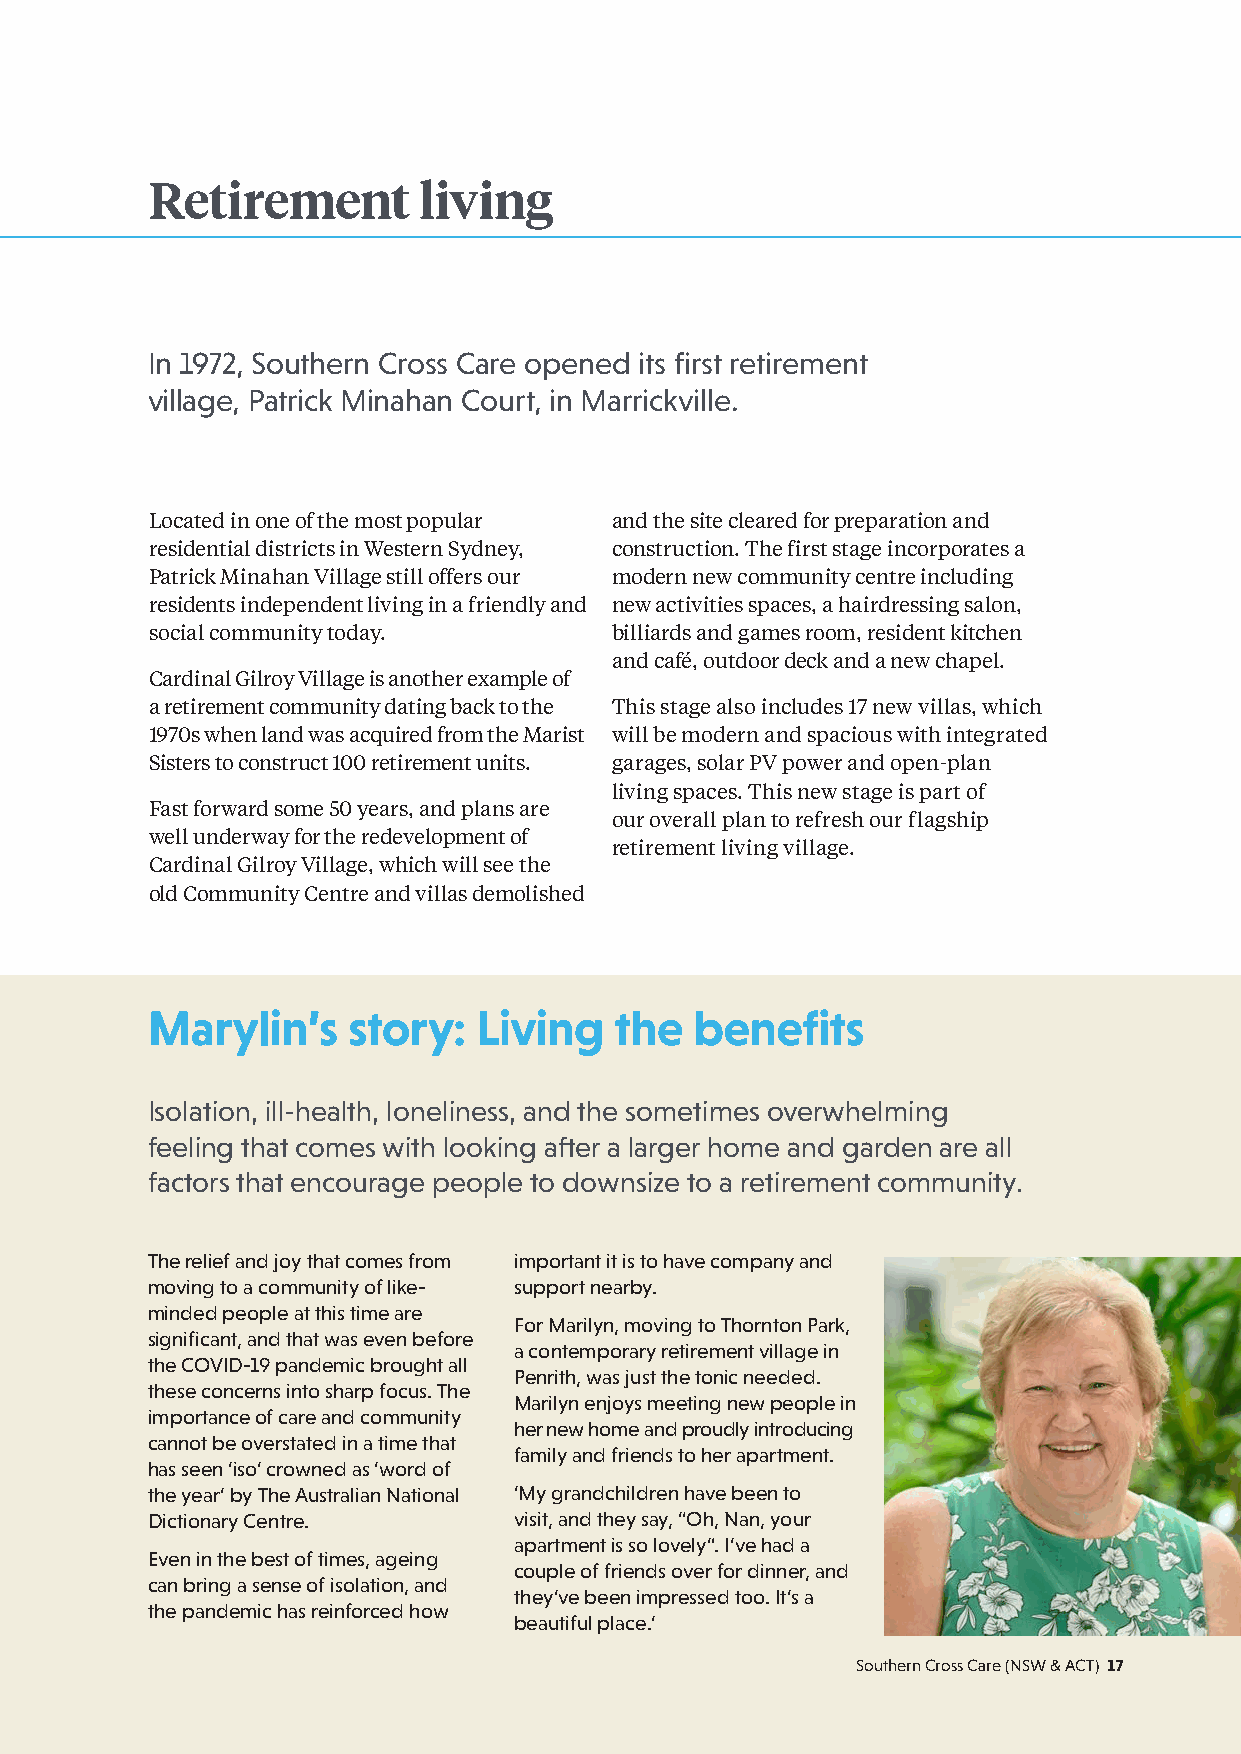
Retirement        living
 In 1972, Southern Cross Care opened its first retirement
 village, Patrick Minahan Court, in Marrickville.
 Located in one of the most popular and the site cleared for preparation and
 residential districts in Western Sydney, construction. The first stage incorporates a
 Patrick Minahan Village still offers our modern new community centre including
 residents independent living in a friendly and new activities spaces, a hairdressing salon,
 social community today.       billiards and games room, resident kitchen
 and café, outdoor deck and a new chapel.
 Cardinal Gilroy Village is another example of
 a retirement community dating back to the This stage also includes 17 new villas, which
 1970s when land was acquired from the Marist will be modern and spacious with integrated
 Sisters to construct 100 retirement units. garages, solar PV power and open-plan
 living spaces. This new stage is part of
 Fast forward some 50 years, and plans are
 our overall plan to refresh our flagship
 well underway for the redevelopment of
 retirement living village.
 Cardinal Gilroy Village, which will see the
 old Community Centre and villas demolished
 Marylin’s    story:  Living    the  benefits
 Isolation, ill-health, loneliness, and the sometimes overwhelming
 feeling that comes with looking after a larger home and garden are all
 factors that encourage people to downsize to a retirement community.
 The relief and joy that comes from important it is to have company and
 moving to a community of like- support nearby.
 minded people at this time are
 For Marilyn, moving to Thornton Park,
 significant, and that was even before
 a contemporary retirement village in
 the COVID-19 pandemic brought all
 Penrith, was just the tonic needed.
 these concerns into sharp focus. The
 Marilyn enjoys meeting new people in
 importance of care and community
 her new home and proudly introducing
 cannot be overstated in a time that
 family and friends to her apartment.
 has seen ‘iso’ crowned as ‘word of
 the year’ by The Australian National ‘My grandchildren have been to
 Dictionary Centre.      visit, and they say, “Oh, Nan, your
 apartment is so lovely”. I’ve had a
 Even in the best of times, ageing
 couple of friends over for dinner, and
 can bring a sense of isolation, and
 they’ve been impressed too. It’s a
 the pandemic has reinforced how
 beautiful place.’
 Southern Cross Care (NSW & ACT) 17